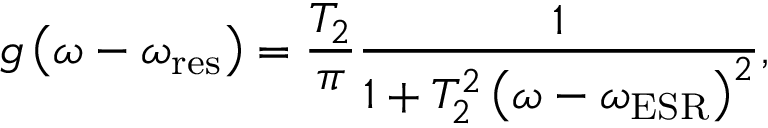
g \left( \omega - \omega _ { \mathrm { r e s } } \right) = \frac { T _ { 2 } } { \pi } \frac { 1 } { 1 + T _ { 2 } ^ { 2 } \left( \omega - \omega _ { \mathrm { E S R } } \right) ^ { 2 } } ,